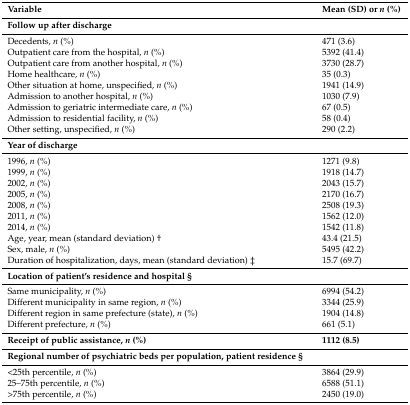
<table><thead><tr><td><b>Variable</b></td><td><b>Mean (SD) or <i>n</i> (%)</b></td></tr></thead><tbody><tr><td><b>Follow up after discharge</b></td><td></td></tr><tr><td>Decedents, <i>n</i> (%)</td><td>471 (3.6)</td></tr><tr><td>Outpatient care from the hospital, <i>n</i> (%)</td><td>5392 (41.4)</td></tr><tr><td>Outpatient care from another hospital, <i>n</i> (%)</td><td>3730 (28.7)</td></tr><tr><td>Home healthcare, <i>n</i> (%)</td><td>35 (0.3)</td></tr><tr><td>Other situation at home, unspecified, <i>n</i> (%)</td><td>1941 (14.9)</td></tr><tr><td>Admission to another hospital, <i>n</i> (%)</td><td>1030 (7.9)</td></tr><tr><td>Admission to geriatric intermediate care, <i>n</i> (%)</td><td>67 (0.5)</td></tr><tr><td>Admission to residential facility, <i>n</i> (%)</td><td>58 (0.4)</td></tr><tr><td>Other setting, unspecified, <i>n</i> (%)</td><td>290 (2.2)</td></tr><tr><td><b>Year of discharge</b></td><td></td></tr><tr><td>1996, <i>n</i> (%)</td><td>1271 (9.8)</td></tr><tr><td>1999, <i>n</i> (%)</td><td>1918 (14.7)</td></tr><tr><td>2002, <i>n</i> (%)</td><td>2043 (15.7)</td></tr><tr><td>2005, <i>n</i> (%)</td><td>2170 (16.7)</td></tr><tr><td>2008, <i>n</i> (%)</td><td>2508 (19.3)</td></tr><tr><td>2011, <i>n</i> (%)</td><td>1562 (12.0)</td></tr><tr><td>2014, <i>n</i> (%)</td><td>1542 (11.8)</td></tr><tr><td>Age, year, mean (standard deviation) †</td><td>43.4 (21.5)</td></tr><tr><td>Sex, male, <i>n</i> (%)</td><td>5495 (42.2)</td></tr><tr><td>Duration of hospitalization, days, mean (standard deviation) ‡</td><td>15.7 (69.7)</td></tr><tr><td><b>Location of patient’s residence and hospital §</b></td><td></td></tr><tr><td>Same municipality, <i>n</i> (%)</td><td>6994 (54.2)</td></tr><tr><td>Different municipality in same region, <i>n</i> (%)</td><td>3344 (25.9)</td></tr><tr><td>Different region in same prefecture (state), <i>n</i> (%)</td><td>1904 (14.8)</td></tr><tr><td>Different prefecture, <i>n</i> (%)</td><td>661 (5.1)</td></tr><tr><td><b>Receipt of public assistance, <i>n</i> (%)</b></td><td><b>1112 (8.5)</b></td></tr><tr><td><b>Regional number of psychiatric beds per population, patient residence §</b></td><td></td></tr><tr><td>&lt;25th percentile, <i>n</i> (%)</td><td>3864 (29.9)</td></tr><tr><td>25–75th percentile, <i>n</i> (%)</td><td>6588 (51.1)</td></tr><tr><td>&gt;75th percentile, <i>n</i> (%)</td><td>2450 (19.0)</td></tr></tbody></table>